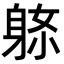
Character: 𨈼